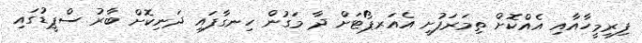
ފިރިމީހާއާއި އެއްކޮށް ތިމަރަފުށީ އެއަރޕޯޓަށް ދާ މަގުން ހިނގާފައި ދަނިކޮށް ބާރު ސްޕީޑުގައި